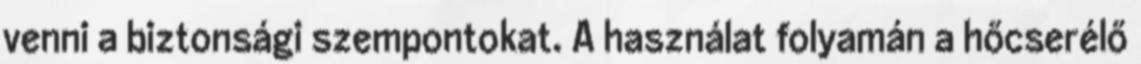
venni a biztonsági szempontokat. A használat folyamán a hőcserélő